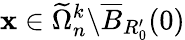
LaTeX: \mathbf{x}\in\widetilde{\Omega}_{n}^{k}\backslash\overline{{B}}_{R_{0}^{\prime}}(0)